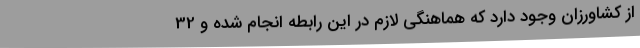
از کشاورزان وجود دارد که هماهنگی لازم در این رابطه انجام شده و 32